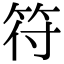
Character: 符